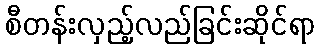
စီတန်းလှည့်လည်ခြင်းဆိုင်ရာ